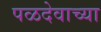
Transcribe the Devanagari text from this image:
पळदेवाच्या